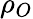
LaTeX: \rho_{O}